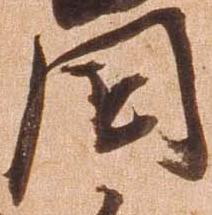
国